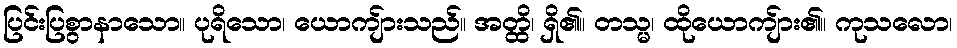
ပြင်းပြစွာနာသော။ ပုရိသော၊ ယောကျ်ားသည်။ အတ္ထိ၊ ရှိ၏။ တသ္မ၊ ထိုယောကျ်ား၏။ ကုသလော၊